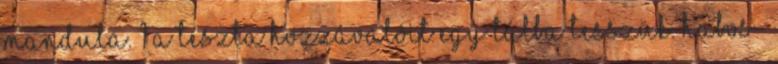
mandula. 1 A tészta hozzávalóit egy tálba tesszük. Habos-